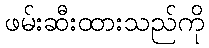
ဖမ်းဆီးထားသည်ကို